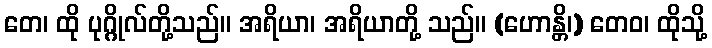
တေ၊ ထို ပုဂ္ဂိုလ်တို့သည်။ အရိယာ၊ အရိယာတို့ သည်။ (ဟောန္တိ၊) တေဝ၊ ထိုသို့